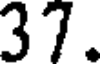
37.